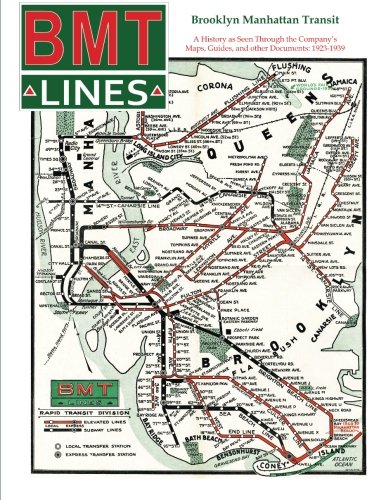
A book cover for Brooklyn Manhattan Transit: A History as Seen Through the Company's Maps, Guides and Other Documents: 1923-1939; James Poulos; Engineering & Transportation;